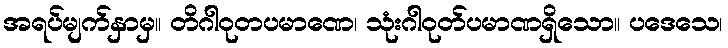
အရပ်မျက်နှာမှ။ တိဂါဝုတပမာဏေ၊ သုံးဂါဝုတ်ပမာဏရှိသော။ ပဒေသေ၊